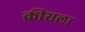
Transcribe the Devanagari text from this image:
क्रीसला